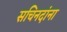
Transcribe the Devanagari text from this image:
सचिनदांना